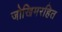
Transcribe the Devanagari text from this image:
जोखिमरहित